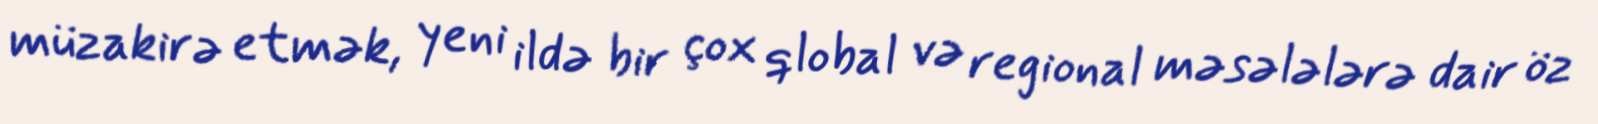
müzakirə etmək, yeni ildə bir çox qlobal və regional məsələlərə dair öz